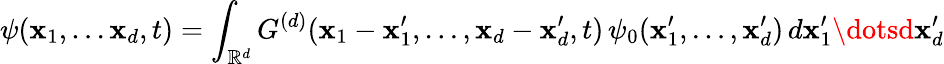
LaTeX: \psi(\mathbf{x}_{1},\dots\mathbf{x}_{d},t)=\int_{\mathbb{{R}}^{d}}G^{(d)}(\mathbf{x}_{1}-\mathbf{x}_{1}^{\prime},\dots,\mathbf{x}_{d}-\mathbf{x}_{d}^{\prime},t)\, \psi_{0}(\mathbf{x}_{1}^{\prime},\dots,\mathbf{x}_{d}^{\prime})\, d\mathbf{x}_{1}^{\prime}\dotsd\mathbf{x}_{d}^{\prime}